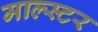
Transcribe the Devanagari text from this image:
माल्स्टर